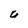
Character: C